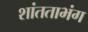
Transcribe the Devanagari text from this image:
शांतताभंग